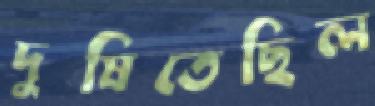
দুষিতেছিল